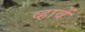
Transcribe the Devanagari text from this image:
व्हावें